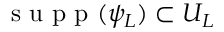
\mathrm { ~ s ~ u ~ p ~ p ~ } ( \psi _ { L } ) \subset U _ { L }